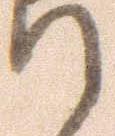
て